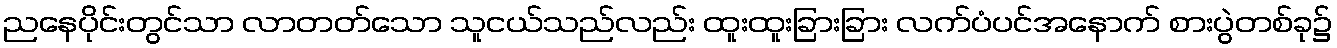
ညနေပိုင်းတွင်သာ လာတတ်သော သူငယ်သည်လည်း ထူးထူးခြားခြား လက်ပံပင်အနောက် စားပွဲတစ်ခု၌